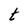
Character: t